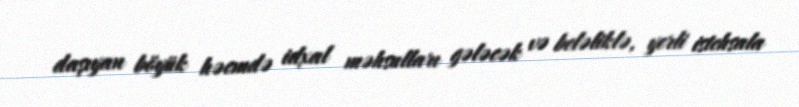
daşıyan böyük həcmdə idxal məhsulları gələcək və beləliklə, yerli istehsala